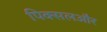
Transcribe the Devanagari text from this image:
पिक्सलऔर